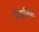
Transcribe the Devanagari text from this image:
बिअलिक